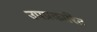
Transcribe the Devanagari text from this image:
उपप्रकारित